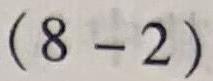
$(8 - 2)(8 - 2)$